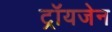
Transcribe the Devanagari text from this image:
ट्रॉयजेन